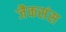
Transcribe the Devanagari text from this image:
जैकसंस